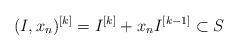
LaTeX: \begin{align*}(I,x_n)^{[k]}=I^{[k]}+x_nI^{[k-1]}\subset S\end{align*}